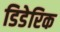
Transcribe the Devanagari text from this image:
डिडेरिक